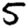
Digit: 5